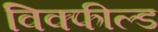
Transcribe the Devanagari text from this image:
विक्फील्ड